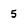
Character: 5